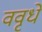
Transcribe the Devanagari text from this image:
ववृधे